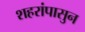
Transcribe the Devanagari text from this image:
शहरांपासुन